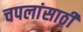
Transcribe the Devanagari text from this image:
चपलांसाठी